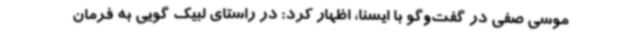
موسی صفی در گفت‌وگو با ایسنا، اظهار کرد: در راستای لبیک گویی به فرمان